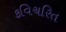
કવિચરિત